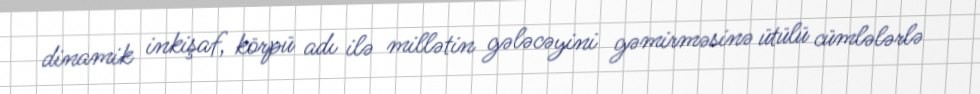
dinamik inkişaf, körpü adı ilə millətin gələcəyini gəmirməsinə ütülü cümlələrlə